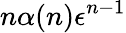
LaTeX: n\alpha(n)\epsilon^{n-1}